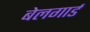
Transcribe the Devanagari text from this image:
बेलगार्ड